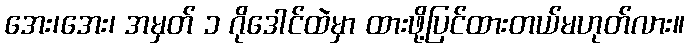
အေး၊အေး၊ အမှတ် ၁ ဂိုဒေါင်ထဲမှာ ထားဖို့ပြင်ထားတယ်မဟုတ်လား။